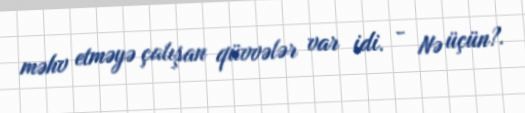
məhv etməyə çalışan qüvvələr var idi. - Nə üçün?.